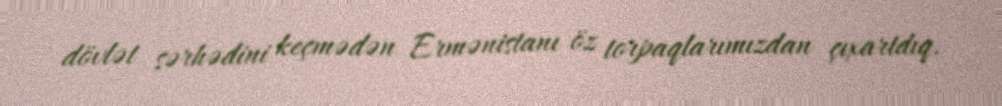
dövlət sərhədini keçmədən Ermənistanı öz torpaqlarımızdan çıxartdıq.